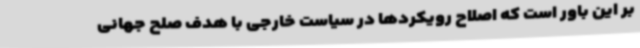
بر این باور است که اصلاح رویکردها در سیاست خارجی با هدف صلح جهانی